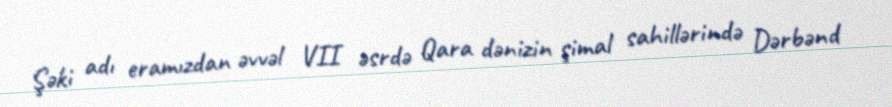
Şəki adı eramızdan əvvəl VII əsrdə Qara dənizin şimal sahillərində Dərbənd